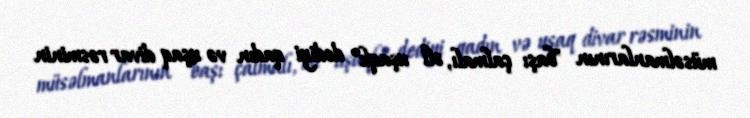
müsəlmanlarının "başı çalmalı, əli uşaqlı" dediyi qadın və uşaq divar rəsminin